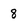
Character: 8